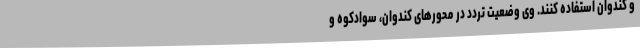
و کندوان استفاده کنند. وی وضعیت تردد در محورهای کندوان، سوادکوه و